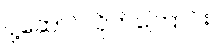
ပို့ဆောင်လိုက်ကြောင်း